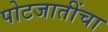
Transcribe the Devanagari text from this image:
पोटजातींचा